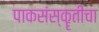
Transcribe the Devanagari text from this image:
पाकसंस्कॄतीचा